Vaccine operations Central Provinces 1868-1885 - 1868-1885
Year: 1868
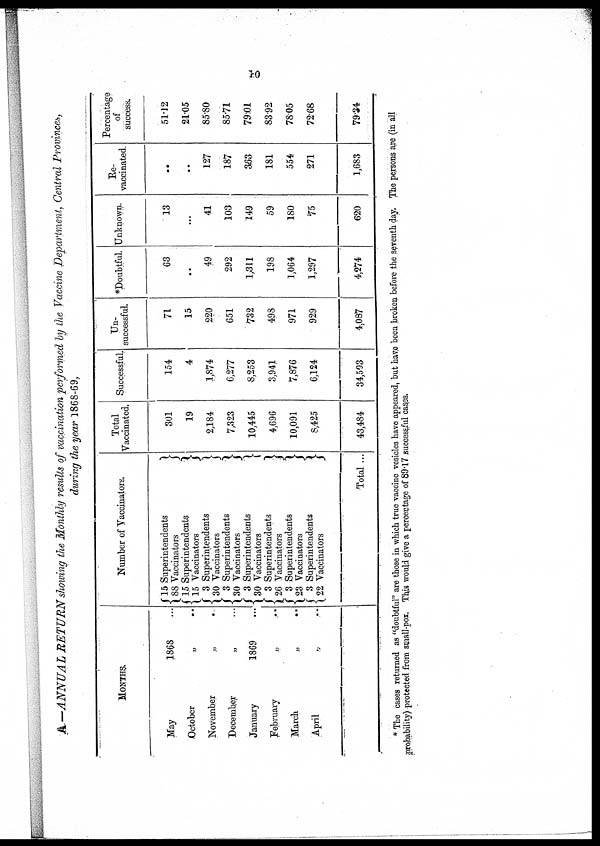
10
A.—ANNUAL RETURN showing the Monthly results of vaccination performed by the Vaccine Department, Central Provinces,
during the year 1868-69,
MONTHS.
May
1868... ...
October
„ ..
November
„ ... ...
December
„ ... ...
January
1869 ... ...
February
„ ... ...
March
„ ... ...
April
„ ... ...
Number of Vaccinators.
15
Superintendents...
...
88
Vaccinators...
...
...
15
Superintendents...
...
15
Vaccinators...
...
3
Superintendents...
...
30
Vaccinators...
...
3
Superintendents...
...
30
Vaccinators...
...
3
Superintendents...
...
30
Vaccinators...
...
...
3 Superintendents... ... ...
26
Vaccinators...
...
...
3
Superintendents...
...
23
Vaccinators...
...
...
3
Superintendents...
...
22
Vaccinators...
...
...
Total ...
Total
Vaccinated.
301
19
2,184
7,323
10,445
4,696
10,091
8,425
43,484
Successful.
154
4
1,874
6,277
8,253
3,941
7,876
6,124
34,503
Un-
successful.
71
15
220
651
732
498
971
929
4,087
*Doubtful.
63
...
49
292
1,311
198
1,064
1,297
4,274
Unknown.
13
...
41
103
149
59
180
75
620
Re-
vaccinated.
..
...
127
187
363
181
554
271
1,683
Percentage
of
success.
51.12
21.05
85.80
85.71
79.01
83.92
78.05
72.68
79.34
* The cases returned as "doubtful" are those in which true vaccine vesicles have appeared, but have been broken before the seventh day. The persons are (in all
probability) protected from small-pox. This would give a percentage of 89.17 successful cases.